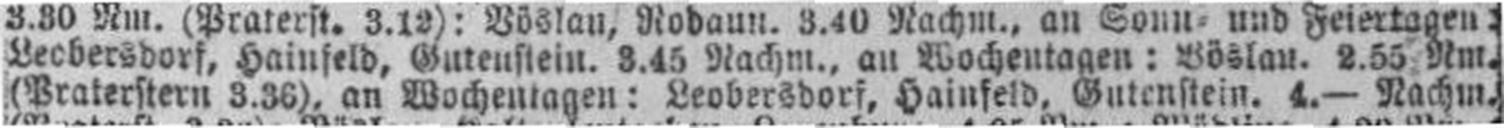
(Praterstern 3.36), an Wochentagen: Leobersdorf, Hainfeld, Gutenstein. 4.— Nachm.